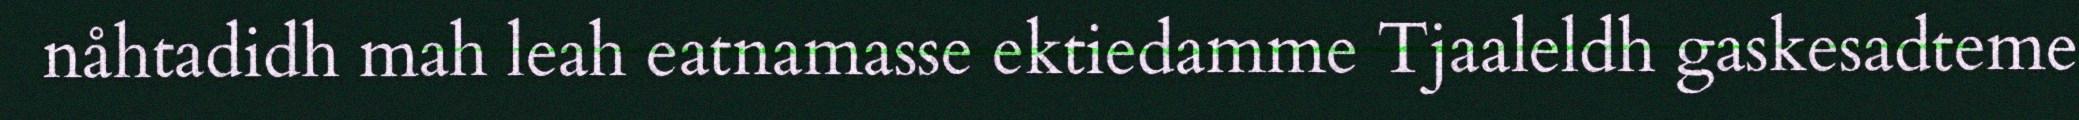
nåhtadidh mah leah eatnamasse ektiedamme Tjaaleldh gaskesadteme